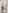
و